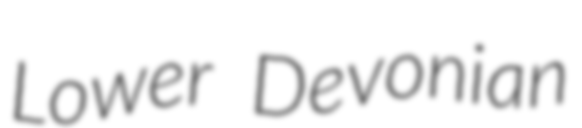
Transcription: Lower Devonian